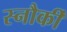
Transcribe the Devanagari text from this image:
स्नौर्की